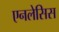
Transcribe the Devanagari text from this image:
एनलेसिस